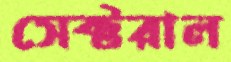
সেক্টরাল